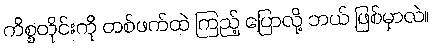
ကိစ္စတိုင်းကို တစ်ဖက်ထဲ ကြည့် ပြောလို့ ဘယ် ဖြစ်မှာလဲ။